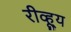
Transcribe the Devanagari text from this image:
रीव्ह्यू